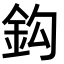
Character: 鈎